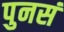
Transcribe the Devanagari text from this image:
पुनसं